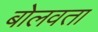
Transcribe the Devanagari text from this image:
बोलवता